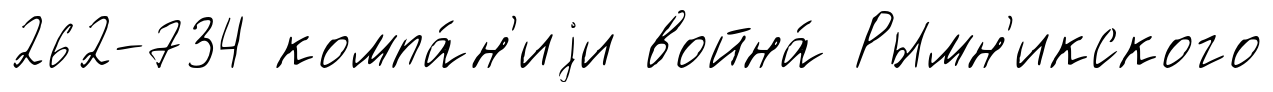
262-734 компа́н'иjи война́ Рымн'икского